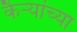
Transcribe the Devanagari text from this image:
कैऱ्यांच्या